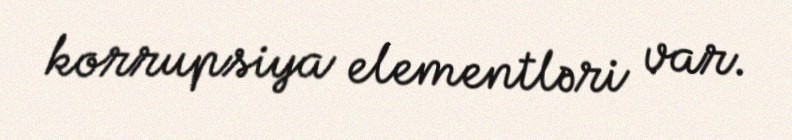
korrupsiya elementləri var.